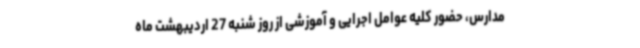
مدارس، حضور کلیه عوامل اجرایی و آموزشی از روز شنبه 27 اردیبهشت ماه